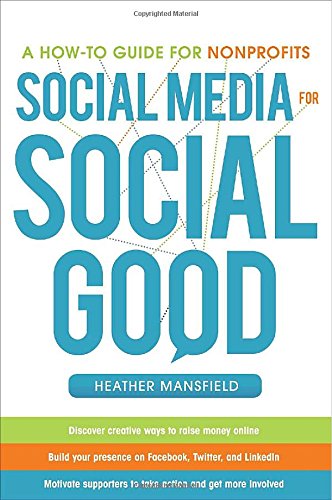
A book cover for Social Media for Social Good: A How-to Guide for Nonprofits; Heather Mansfield; Computers & Technology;